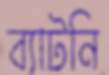
ব্যাটনি